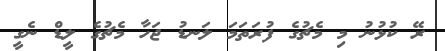
ރޭ ކުޅުނު މި މެޗުގެ ފުރަތަމަ ލަނޑު ޖަހާ މެޗުގެ ލީޑް ނެގީ